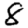
Digit: 8